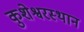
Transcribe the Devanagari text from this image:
कुशेश्वरस्थान